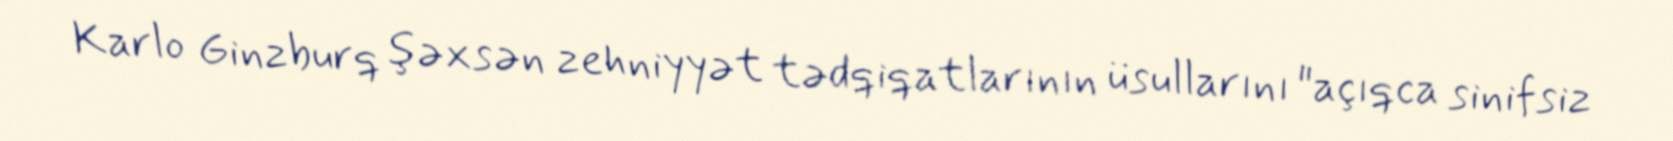
Karlo Ginzburq şəxsən zehniyyət tədqiqatlarının üsullarını "açıqca sinifsiz